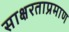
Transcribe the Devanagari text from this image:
साक्षरताप्रमाण